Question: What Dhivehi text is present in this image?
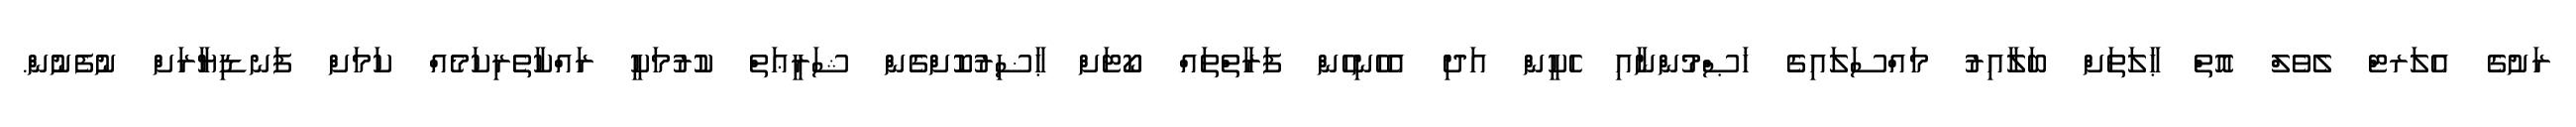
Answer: ރަށުގެ އެލަރޓް ލެވެލް އޮތް ޙާލަތަށް ބަލާއިރު މައްސަލައިގެ ޚަޞްމުންނާއި ހެކީން އަދި އެހެނިހެން ފަރާތްތައް ކޯޓަށް ޙާޟިރުކޮށްގެން ޝަރީޢަތް ކުރުމަކީ ރައްކާތެރިކަމެއް ކަމަށް ފަނޑިޔާރަށް ނުފެނުން.